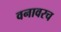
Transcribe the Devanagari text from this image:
वनावरच